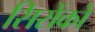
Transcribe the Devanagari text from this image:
सिरोंको